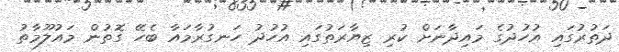
ދަތުރުގައި އުހުދުގެ މައިދާނަށް ކުރި ޒިޔާރަތުގައި އުހުދު ހަނގުރާމައާ ބެހޭ ގޮތުން މައުލޫމާތު